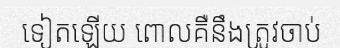
ទៀតឡើយ ពោលគឺនឹងត្រូវចាប់